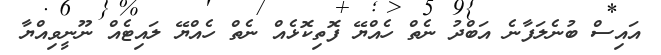
އައިސް ބުނެލަފާނެ އަބްދު ނެތް ހެއްޔޭ ފޮތިކޮޅެއް ނެތް ހެއްޔޭ ލައިޓެއް ނޫނީވިއްޔާ